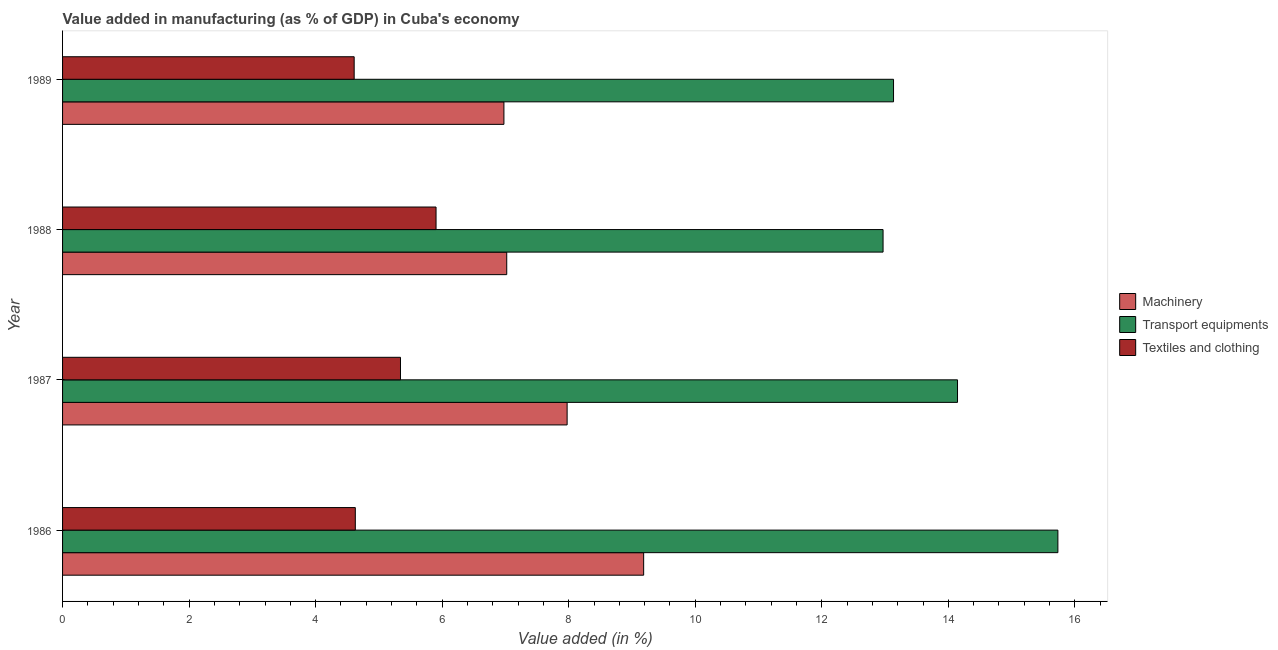
| Year | Machinery | Transport equipments | Textiles and clothing |
 | --- | --- | --- | --- |
 | 1986 | 9.18 | 15.7 | 4.63 |
 | 1987 | 7.97 | 14.1 | 5.34 |
 | 1988 | 7.02 | 13 | 5.9 |
 | 1989 | 6.98 | 13.1 | 4.61 |